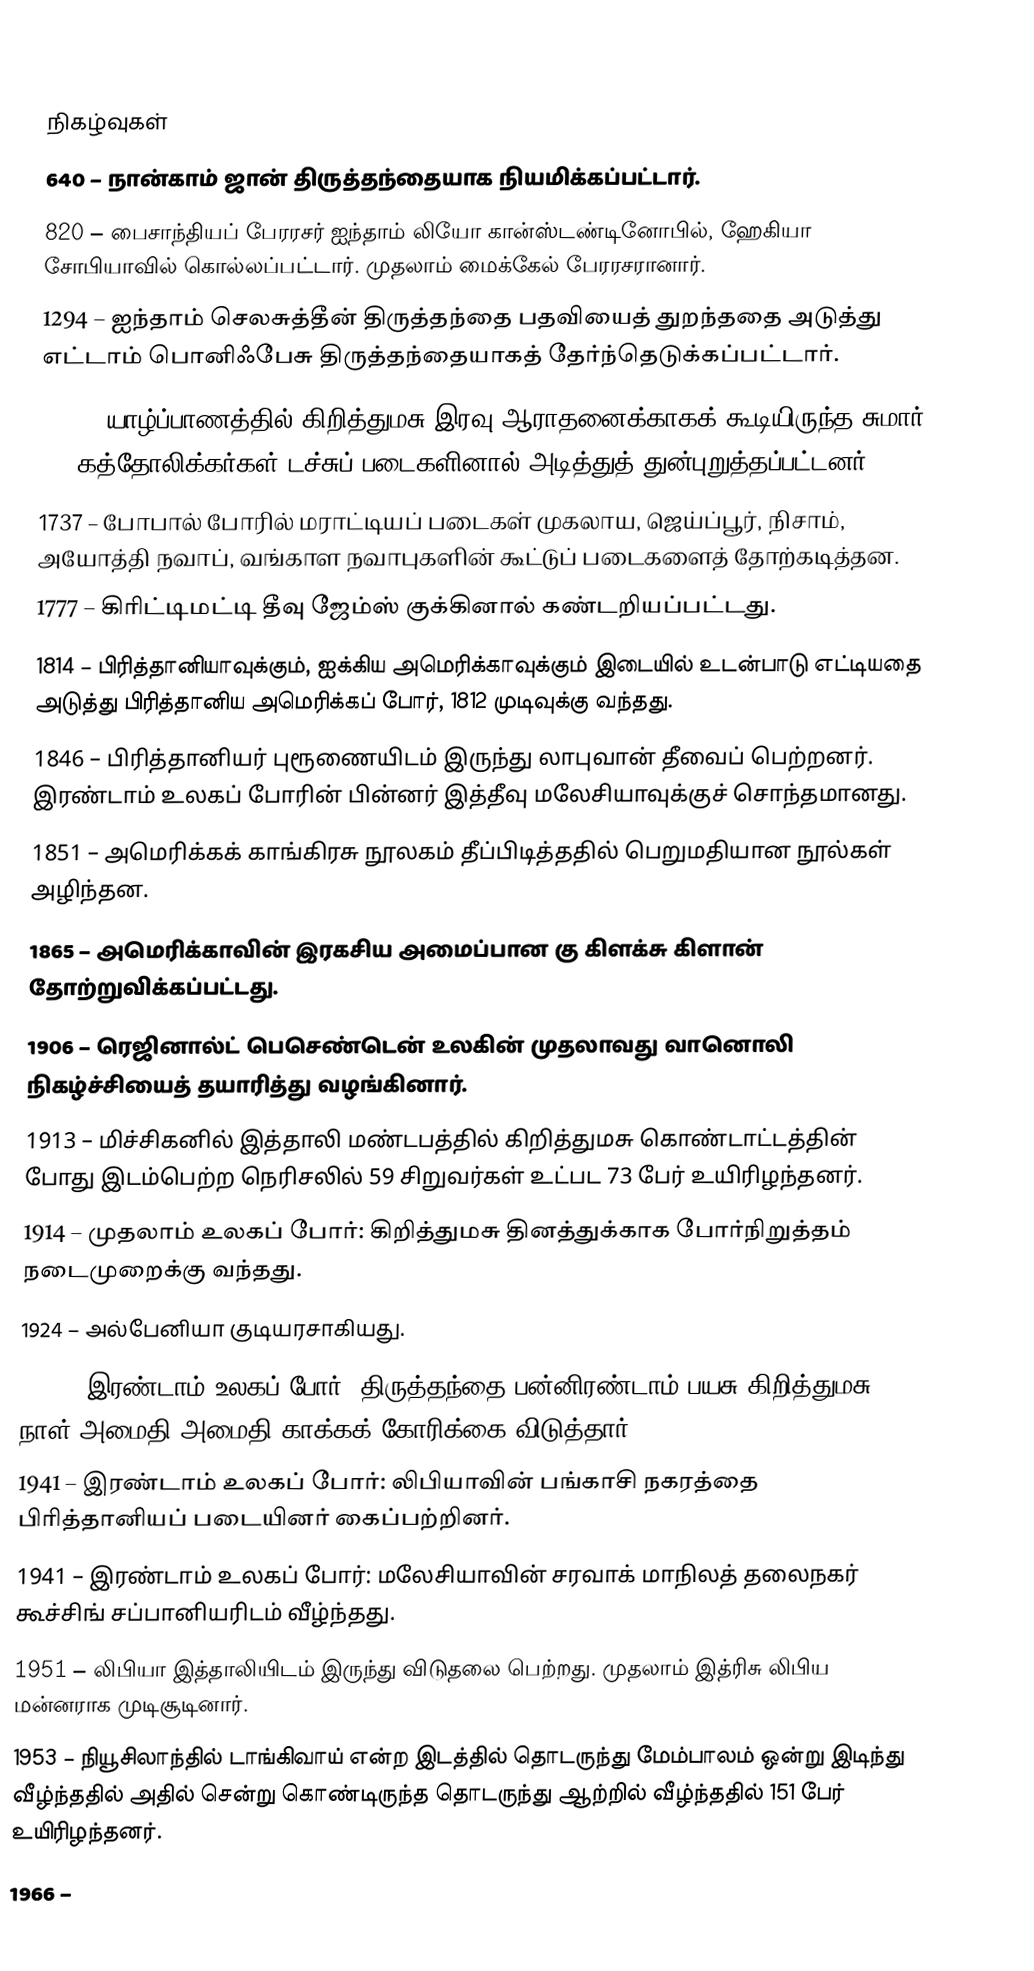

நிகழ்வுகள்
 640 – நான்காம் ஜான் திருத்தந்தையாக நியமிக்கப்பட்டார்.
 820 – பைசாந்தியப் பேரரசர் ஐந்தாம் லியோ கான்ஸ்டண்டினோபில், ஹேகியா சோபியாவில் கொல்லப்பட்டார். முதலாம் மைக்கேல் பேரரசரானார்.
1294 – ஐந்தாம் செலசுத்தீன் திருத்தந்தை பதவியைத் துறந்ததை அடுத்து எட்டாம் பொனிஃபேசு திருத்தந்தையாகத் தேர்ந்தெடுக்கப்பட்டார்.
1690 – யாழ்ப்பாணத்தில் கிறித்துமசு இரவு ஆராதனைக்காகக் கூடியிருந்த சுமார் 300 கத்தோலிக்கர்கள் டச்சுப் படைகளினால் அடித்துத் துன்புறுத்தப்பட்டனர்.
1737 – போபால் போரில் மராட்டியப் படைகள் முகலாய, ஜெய்ப்பூர், நிசாம், அயோத்தி நவாப், வங்காள நவாபுகளின் கூட்டுப் படைகளைத் தோற்கடித்தன.
1777 – கிரிட்டிமட்டி தீவு ஜேம்ஸ் குக்கினால் கண்டறியப்பட்டது.
1814 – பிரித்தானியாவுக்கும், ஐக்கிய அமெரிக்காவுக்கும் இடையில் உடன்பாடு எட்டியதை அடுத்து பிரித்தானிய அமெரிக்கப் போர், 1812 முடிவுக்கு வந்தது.
1846 – பிரித்தானியர் புரூணையிடம் இருந்து லாபுவான் தீவைப் பெற்றனர். இரண்டாம் உலகப் போரின் பின்னர் இத்தீவு மலேசியாவுக்குச் சொந்தமானது.
1851 – அமெரிக்கக் காங்கிரசு நூலகம் தீப்பிடித்ததில் பெறுமதியான நூல்கள் அழிந்தன.
1865 – அமெரிக்காவின் இரகசிய அமைப்பான கு கிளக்சு கிளான் தோற்றுவிக்கப்பட்டது.
1906 – ரெஜினால்ட் பெசெண்டென் உலகின் முதலாவது வானொலி நிகழ்ச்சியைத் தயாரித்து வழங்கினார்.
1913 – மிச்சிகனில் இத்தாலி மண்டபத்தில் கிறித்துமசு கொண்டாட்டத்தின் போது இடம்பெற்ற நெரிசலில் 59 சிறுவர்கள் உட்பட 73 பேர் உயிரிழந்தனர்.
1914 – முதலாம் உலகப் போர்: கிறித்துமசு தினத்துக்காக போர்நிறுத்தம் நடைமுறைக்கு வந்தது.
1924 – அல்பேனியா குடியரசாகியது.
1939 – இரண்டாம் உலகப் போர்: திருத்தந்தை பன்னிரண்டாம் பயசு கிறித்துமசு நாள் அமைதி அமைதி காக்கக் கோரிக்கை விடுத்தார்.
1941 – இரண்டாம் உலகப் போர்: லிபியாவின் பங்காசி நகரத்தை பிரித்தானியப் படையினர் கைப்பற்றினர்.
1941 – இரண்டாம் உலகப் போர்: மலேசியாவின் சரவாக் மாநிலத் தலைநகர் கூச்சிங் சப்பானியரிடம் வீழ்ந்தது.
1951 – லிபியா இத்தாலியிடம் இருந்து விடுதலை பெற்றது. முதலாம் இத்ரிசு லிபிய மன்னராக முடிசூடினார்.
1953 – நியூசிலாந்தில் டாங்கிவாய் என்ற இடத்தில் தொடருந்து மேம்பாலம் ஒன்று இடிந்து வீழ்ந்ததில் அதில் சென்று கொண்டிருந்த தொடருந்து ஆற்றில் வீழ்ந்ததில் 151 பேர் உயிரிழந்தனர்.
1966 –